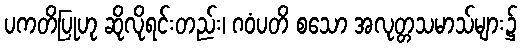
ပကတိပြုဟု ဆိုလိုရင်းတည်း၊ ဂဝံပတိ စသော အလုတ္တသမာသ်များ၌